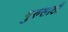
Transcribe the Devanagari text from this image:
गुरुसाठी